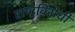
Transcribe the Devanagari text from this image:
राष्‍ट्रविरोधी